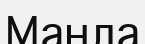
Манла